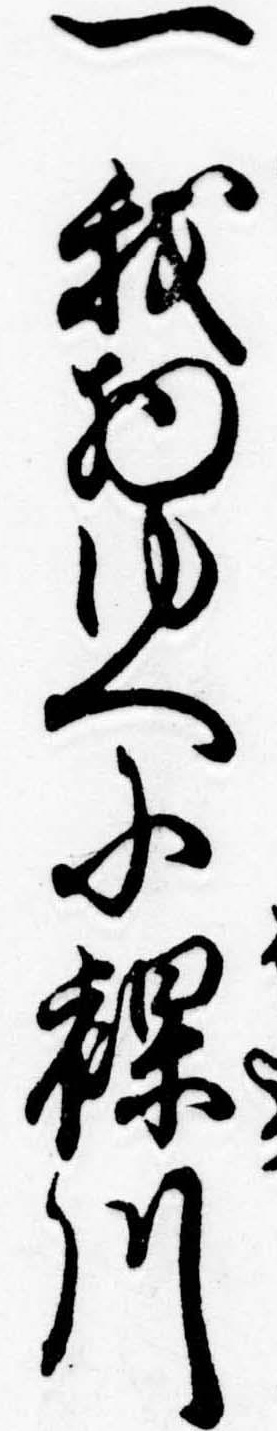
一我物ゆへに裸川